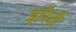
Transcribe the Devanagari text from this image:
इरिती